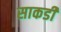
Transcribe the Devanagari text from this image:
साकडी